Dysentery in Hazaribagh Central Jail - Number 52
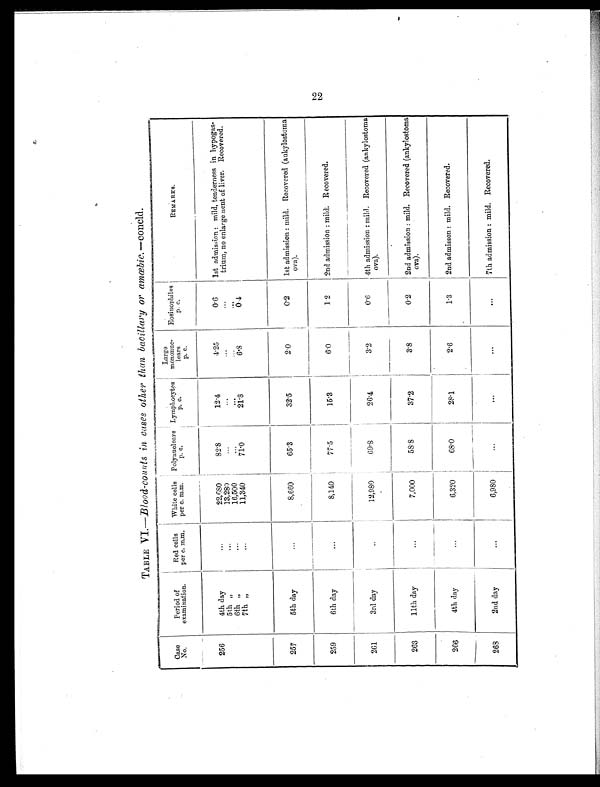
TABLE VI.—Blood-counts in cases other than bacillary or amœbic. —concld.
Case
No.
Period of
examination.
Red cells
per c. m.m.
White cells
per c. m.m.
Polynuclears
p. c.
Lymphocytes
p. c.
Large
mononuc-
lears
p. c.
Eosinophiles
p. c.
REMARKS.
256
4th day
...
22,680
82.8
12.4
4.25
0.6
1st admission: mild, tenderness in hypogas-
trium, no enlargement of liver. Recovered.
5th „
...
13,280
. . .
...
...
...
6th „
. . .
16,500
. . .
...
...
...
7th „
...
11,340
71.0
21.8
6.8
0.4
257
5th day
...
8,660
65.3
32.5
2.0
0.2
1st admission: mild. Recovered (ankylostoma
ova).
259
6th day
...
8,140
77.5
15.3
6.0
1.2
2nd admission: mild. Recovered.
261
3rd day
..
12,980
69.8
26.4
3.2
0.6
4th admission: mild. Recovered (ankylostoma
ova).
263
11th day
...
7,000
5 8 . 8
37.2
3.8
0.2
2nd admission: mild. Recovered (ankylostoma
ova).
266
4th day
...
6,320
68.0
28.1
2.6
1.3
2nd admisson: mild. Recovered.
268
2nd day
. . .
6,980
...
. . .
. . .
. . . 7th admission: mild. Recovered.
22